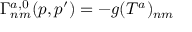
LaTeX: \Gamma _ { n m } ^ { a , 0 } ( p , p ^ { \prime } ) = - g ( T ^ { a } ) _ { n m }